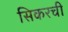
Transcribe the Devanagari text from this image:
सिकरची